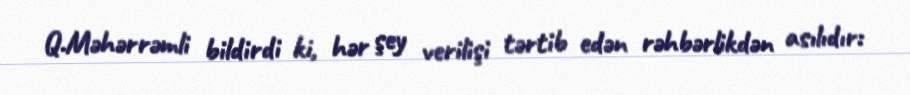
Q.Məhərrəmli bildirdi ki, hər şey verilişi tərtib edən rəhbərlikdən asılıdır: